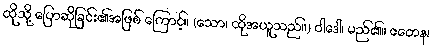
ထိုသို့ ပြောဆိုခြင်း၏အဖြစ် ကြောင့်။ (သော၊ ထိုအယူသည်။) ဝါဒေါ၊ မည်၏။ ဧတေန၊